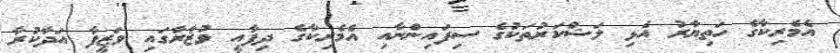
އެމެރިކާގެ ހަތިޔާރު އެޅި ލަޝްކަރުތަކުގެ ސިފައިންނާއި އެމެރިކާގެ ދިފާއީ ވުޒާރާގައި ވަޒީފާ އަދާކުރާ